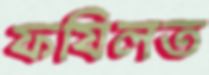
ফযিলত